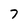
Character: 7